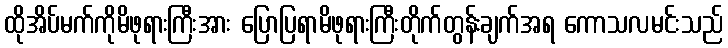
ထိုအိပ်မက်ကိုမိဖုရားကြီးအား ပြောပြရာမိဖုရားကြီးတိုက်တွန်းချက်အရ ကောသလမင်းသည်